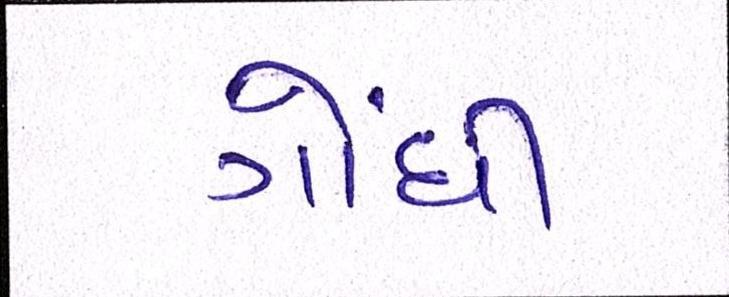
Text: ગોંધી